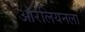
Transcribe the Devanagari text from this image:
ऑरेलियनला